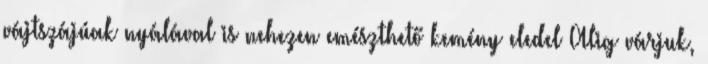
vájtszájúak nyálával is nehezen emészthető kemény eledel Alig várjuk,